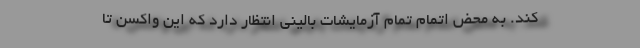
کند. به محض اتمام تمام آزمایشات بالینی انتظار دارد که این واکسن تا